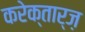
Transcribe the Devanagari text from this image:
करेक्तार्ज़